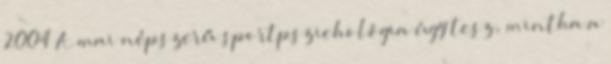
2004 A mai népszerű sportpszichológia úgy tesz, mintha a